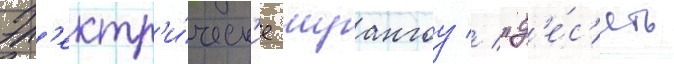
Эл'ектр'и́ческ'ие шуангоу // "д'е́с'ять